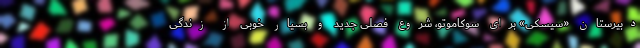
دبیرستان «سِیسکی» برای سوکاموتو، شروع فصلی جدید و بسیار خوبی از زندگی